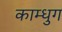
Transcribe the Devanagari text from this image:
काम्धुग